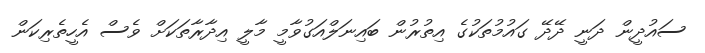
ސައުދީން ދަނީ ދޭދޭ ގައުމުތަކުގެ އިތުރުން ބައިނަލްއަގުވާމީ މާލީ އިދާރާތަކަށް ވެސް އެހީތެރިކަން